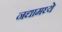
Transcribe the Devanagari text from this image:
नद्यामध्ये